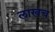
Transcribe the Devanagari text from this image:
लाखच